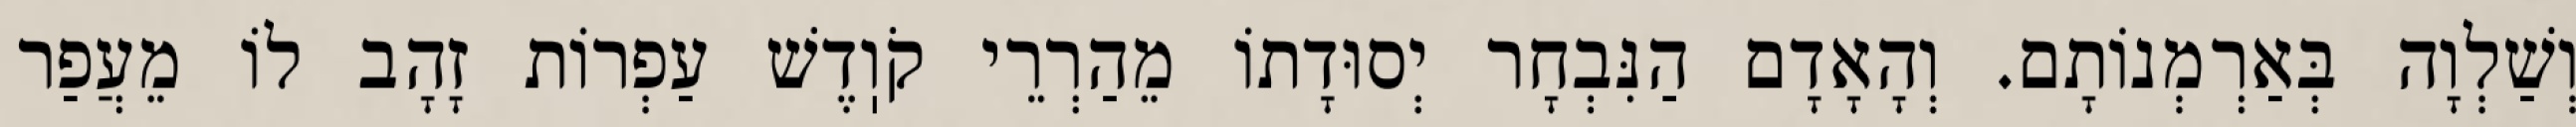
וְשַׁלְוָה בְּאַרְמְנוֹתָם. וְהָאָדָם הַנִּבְחָר יְסוּדָתוֹ מֵהַרְרֵי קֹוֽדֶשׁ עַפְרוֹת זָהָב לוֹ מֵעֲפַר